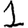
Digit: 1